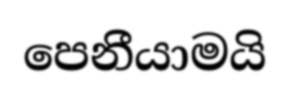
පෙනීයාමයි